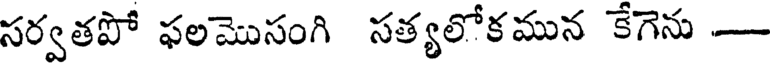
సర్వతపో ఫలమొసంగి సత్యలోకమున కేగెను -